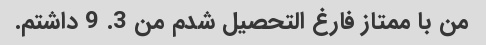
من با ممتاز فارغ التحصیل شدم من 3. 9 داشتم.